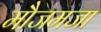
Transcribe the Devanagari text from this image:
मौजमजा